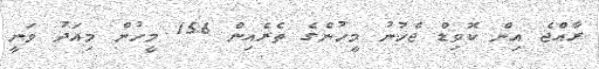
ރާއްޖެ އިން ކޮވިޑް ޖެހުނު މީހުންގެ ތެރެއިން 156 މީހުން މިއަދު ވަނީ